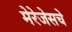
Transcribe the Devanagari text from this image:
मेरेजेसचे